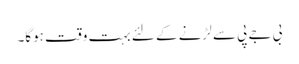
بی جے پی سے لڑنے کے لئے بہت وقت ہوگا۔